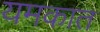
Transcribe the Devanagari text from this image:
यमकात